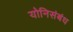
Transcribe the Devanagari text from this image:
योनिसंबंध